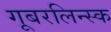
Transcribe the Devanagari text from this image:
गूबरलिन्स्क